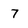
Character: 7